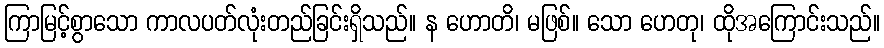
ကြာမြင့်စွာသော ကာလပတ်လုံးတည်ခြင်းရှိသည်။ န ဟောတိ၊ မဖြစ်။ သော ဟေတု၊ ထိုအကြောင်းသည်။